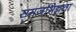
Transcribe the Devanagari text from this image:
समजभिन्नता